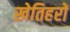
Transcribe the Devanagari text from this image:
खेतिहरों